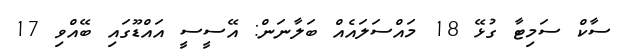
ސާކް ސަމިޓާ ގުޅޭ 18 މައްސަލައެއް ބަލާނަން: އޭސީސީ އައްޑޫގައި ބޭއްވި 17